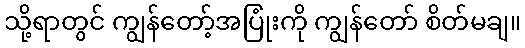
သို့ရာတွင် ကျွန်တော့်အပြုံးကို ကျွန်တော် စိတ်မချ။